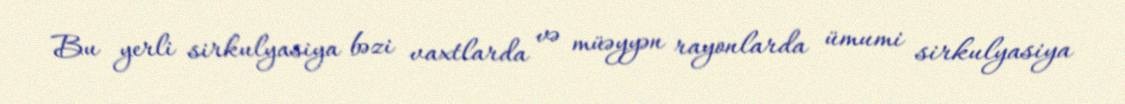
Bu yerli sirkulyasiya bəzi vaxtlarda və müəyyən rayonlarda ümumi sirkulyasiya